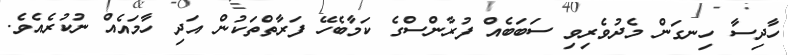
ހާދިސާ ހިނގަން މެދުވެރިވި ސަބަބެއް ފުރާންސްގެ ކަމާބެހޭ ފަރާތްތަކުން އަދި ހާމައެއް ނުކުރެއެވެ.